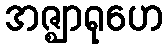
အဇ္ဈာရုဟေ